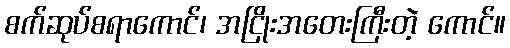
စက်ဆုပ်စရာကောင်၊ အငြိုးအတေးကြီးတဲ့ ကောင်။